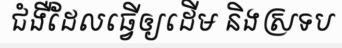
ជំងឺដែលធ្វើឲ្យដើម និងស្រទប